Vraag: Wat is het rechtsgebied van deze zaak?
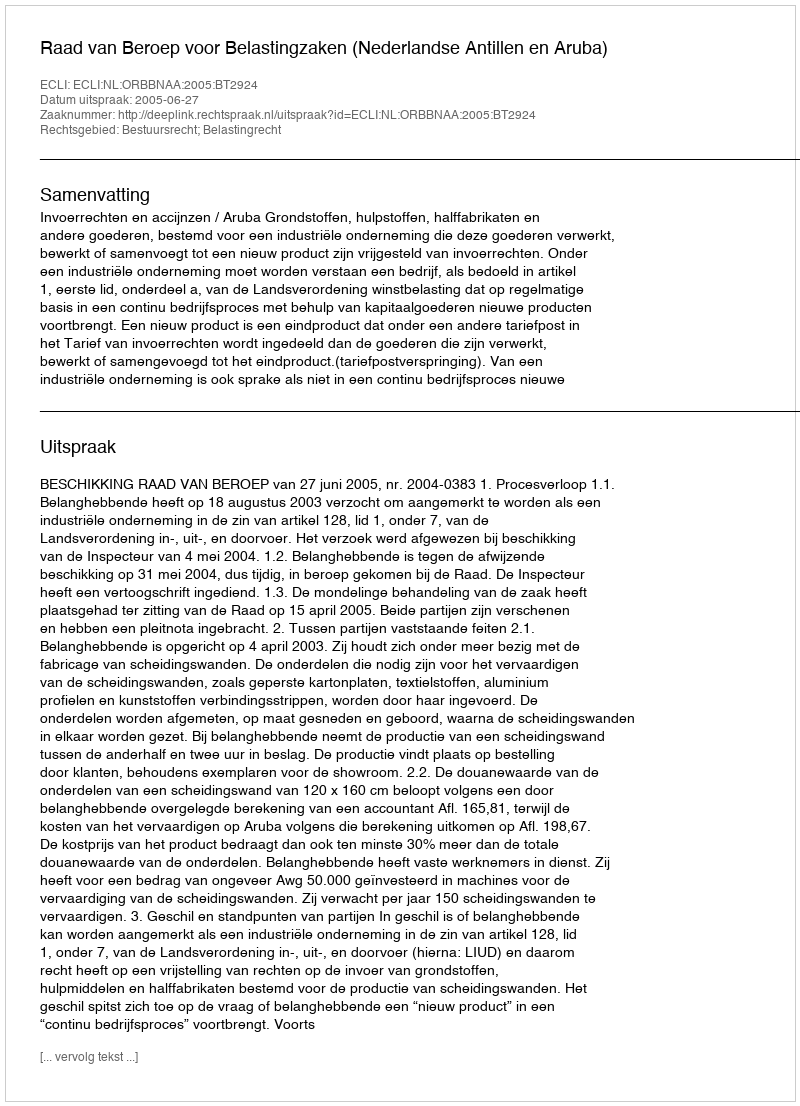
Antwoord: Bestuursrecht; Belastingrecht